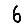
Digit: 6